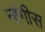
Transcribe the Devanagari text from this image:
नांगीस